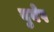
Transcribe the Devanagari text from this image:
युनेप